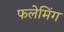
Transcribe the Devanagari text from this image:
फलेमिंग